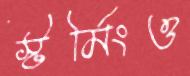
স্টর্মিংও